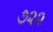
૭૨૨